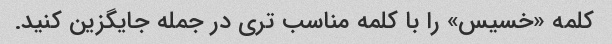
کلمه «خسیس» را با کلمه مناسب تری در جمله جایگزین کنید.